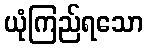
ယုံကြည်ရသော